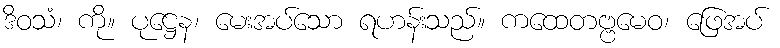
ဒိဝသံ၊ ကို။ ပုဋ္ဌေန၊ မေးအပ်သော ရဟန်းသည်။ ကထေတဗ္ဗမေဝ၊ ဖြေအပ်